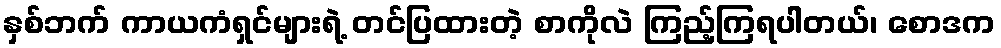
နှစ်ဘက် ကာယကံရှင်များရဲ့ တင်ပြထားတဲ့ စာကိုလဲ ကြည့်ကြရပါတယ်၊ စောဒက